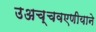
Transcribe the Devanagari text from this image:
उअच्चवएणीयाने